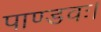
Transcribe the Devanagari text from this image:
पाण्डवः।